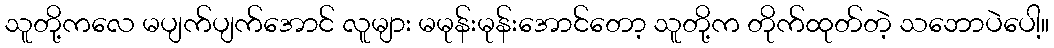
သူတို့ကလေ မပျက်ပျက်အောင် လူများ မမုန်းမုန်းအောင်တော့ သူတို့က တိုက်ထုတ်တဲ့ သဘောပဲပေါ့။